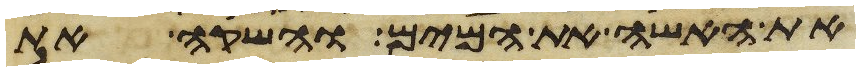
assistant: את האשה את המים והשקה את